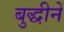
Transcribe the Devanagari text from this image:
बुद्धीनें